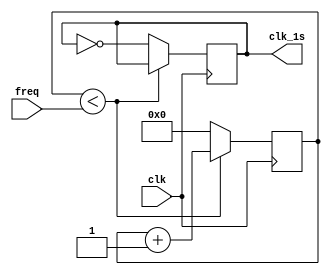
`timescale 1ns / 1ps
//////////////////////////////////////////////////////////////////////////////////
// Company: 
// Engineer: 
// 
// Design Name: 
// Module Name:    counter_1s 
// Project Name: 
// Target Devices: 
// Tool versions: 
// Description: 
//
// Dependencies: 
//
// Revision: 
// Revision 0.01 - File Created
// Additional Comments: 
//
//////////////////////////////////////////////////////////////////////////////////
module counter_1s( input wire clk, 		
						input wire [31:0] freq, 
						output reg clk_1s);
	reg [31:0] cnt;
	initial begin
		cnt [31:0] <=0;
		clk_1s <= 0;
	end
	always @ (posedge clk) begin
		if (cnt < freq) begin
			cnt <= cnt + 1;
		end else begin
			cnt <= 0;
			clk_1s <= ~clk_1s;
		end 
	end
endmodule